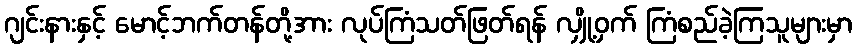
ဂျင်းနားနှင့် မောင့်ဘက်တန်တို့အား လုပ်ကြံသတ်ဖြတ်ရန် လျှို့ဝှက် ကြံစည်ခဲ့ကြသူများမှာ